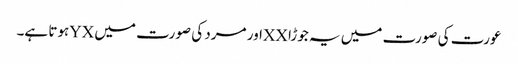
عورت کی صورت میں یہ جوڑا XXاور مرد کی صورت میں YXہوتا ہے۔